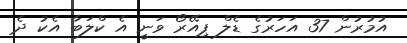
އުމުރުން 37 އަހަރުގެ ޑެލް ޕިއޭރޯ ވަނީ އެ ކްލަބާ އެކު ދެ